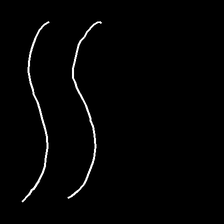
Glyph: float